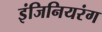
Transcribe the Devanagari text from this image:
इंजिनियरंग